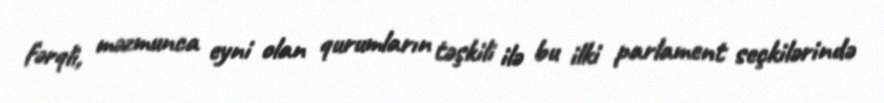
fərqli, məzmunca eyni olan qurumların təşkili ilə bu ilki parlament seçkilərində